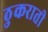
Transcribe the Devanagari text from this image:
ठुकराती